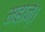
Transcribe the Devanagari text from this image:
महान्‌।